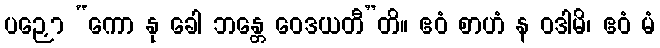
ပဉှော “ကော နု ခေါ ဘန္တေ ဝေဒယတီ”တိ။ ဧဝံ စာဟံ န ဝဒါမိ၊ ဧဝံ မံ